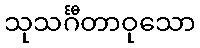
သုသင်္ဂီတာဝုသော